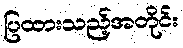
ပြထားသည့်အတိုင်း